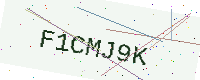
Text: F1CMJ9K